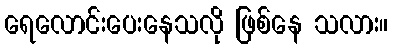
ရေလောင်းပေးနေသလို ဖြစ်နေ သလား။